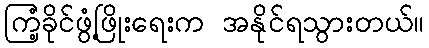
ကြံ့ခိုင်ဖွံ့ဖြိုးရေးက အနိုင်ရသွားတယ်။